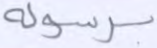
برسوله